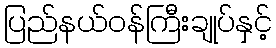
ပြည်နယ်ဝန်ကြီးချုပ်နှင့်